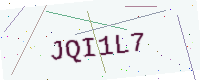
Text: JQI1L7